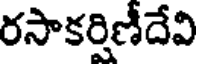
రసాకర్షిణీదేవి